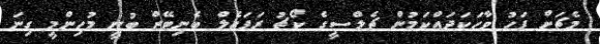
މެޗަށް ފަހު ވާހަކަދައްކަމުން ޗެލްސީގެ ކޯޗު ރަފައެލް ބެނިޓޭޒް ބުނީ މުހިންމީ ގިނަ